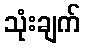
သုံးချက်